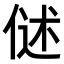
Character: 𬾬